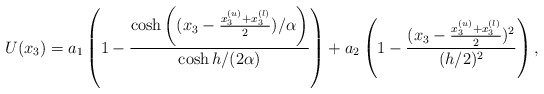
\begin{align*}U(x_3)=a_1\left(1-\frac{\cosh\left((x_3-\frac{x_3^{(u)}+x_3^{(l)}}{2})/{\alpha}\right)}{\cosh h/(2\alpha)}\right)+a_2\left(1-\frac{(x_3-\frac{x_3^{(u)}+x_3^{(l)}}{2})^2}{(h/2)^2}\right), \end{align*}